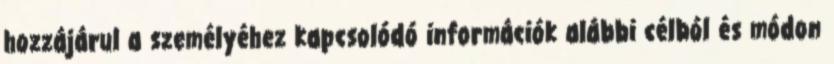
hozzájárul a személyéhez kapcsolódó információk alábbi célból és módon